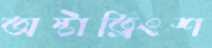
অষ্টাত্রিংশ